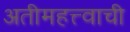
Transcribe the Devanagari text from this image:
अतीमहत्त्वाची